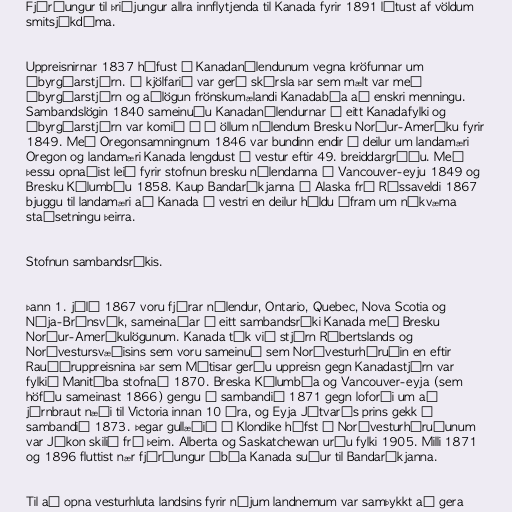
Fjórðungur til þriðjungur allra innflytjenda til Kanada fyrir 1891 létust af völdum
smitsjúkdóma.

Uppreisnirnar 1837 hófust í Kanadanýlendunum vegna kröfunnar um
ábyrgðarstjórn. Í kjölfarið var gerð skýrsla þar sem mælt var með
ábyrgðarstjórn og aðlögun frönskumælandi Kanadabúa að enskri menningu.
Sambandslögin 1840 sameinuðu Kanadanýlendurnar í eitt Kanadafylki og
ábyrgðarstjórn var komið á í öllum nýlendum Bresku Norður-Ameríku fyrir
1849. Með Oregonsamningnum 1846 var bundinn endir á deilur um landamæri
Oregon og landamæri Kanada lengdust í vestur eftir 49. breiddargráðu. Með
þessu opnaðist leið fyrir stofnun bresku nýlendanna á Vancouver-eyju 1849 og
Bresku Kólumbíu 1858. Kaup Bandaríkjanna á Alaska frá Rússaveldi 1867
bjuggu til landamæri að Kanada í vestri en deilur héldu áfram um nákvæma
staðsetningu þeirra.

Stofnun sambandsríkis.

Þann 1. júlí 1867 voru fjórar nýlendur, Ontario, Quebec, Nova Scotia og
Nýja-Brúnsvík, sameinaðar í eitt sambandsríki Kanada með Bresku
Norður-Ameríkulögunum. Kanada tók við stjórn Róbertslands og
Norðvestursvæðisins sem voru sameinuð sem Norðvesturhéruðin en eftir
Rauðáruppreisnina þar sem Métisar gerðu uppreisn gegn Kanadastjórn var
fylkið Manitóba stofnað 1870. Breska Kólumbía og Vancouver-eyja (sem
höfðu sameinast 1866) gengu í sambandið 1871 gegn loforði um að
járnbraut næði til Victoria innan 10 ára, og Eyja Játvarðs prins gekk í
sambandið 1873. Þegar gullæðið í Klondike hófst í Norðvesturhéruðunum
var Júkon skilið frá þeim. Alberta og Saskatchewan urðu fylki 1905. Milli 1871
og 1896 fluttist nær fjórðungur íbúa Kanada suður til Bandaríkjanna.

Til að opna vesturhluta landsins fyrir nýjum landnemum var samþykkt að gera